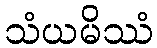
သံယမိဿံ